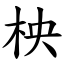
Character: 柍